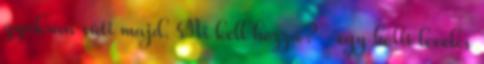
gyakran süti majd. Mi kell hozzá? -egy bolti leveles